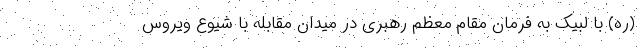
(ره) با لبیک به فرمان مقام معظم رهبری در میدان مقابله با شیوع ویروس